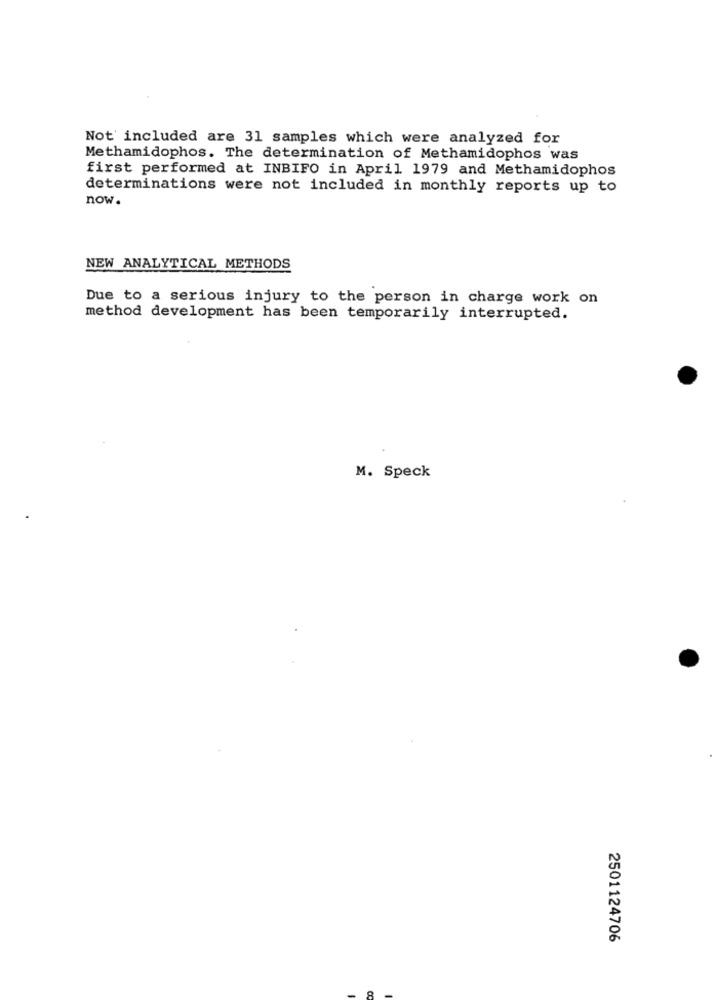
Not included are 31 samples which were analyzed for
Methamidophos. The determination of Methamidophos was
first performed at INBIFO in April 1979 and Methamidophos
determinations were not included in monthly reports up to
now.
NEW ANALYTICAL METHODS
Due to a serious injury to the person in charge work on
method development has been temporarily interrupted.
M. Speck
2501124706